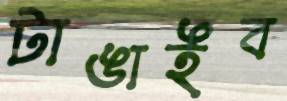
টাঙাইব